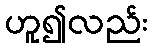
ဟူ၍လည်း